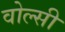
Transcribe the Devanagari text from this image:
वोल्सी